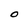
Character: O